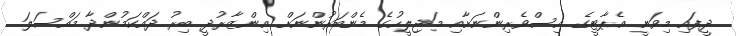
ދީފައި މިވަނީ އެޕާޓީގެ އިސްވެރިންނަށާއި މަޖިލީހުގެ މެންބަރުންނަށް އިންޒާރުދީ ބިރު ދައްކަމުންދާ މައްސަލަ